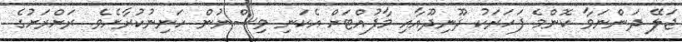
ޖަލޭ ދަންނަވާ ކޮންމެ ފަހަރަކު ދޫނިދޫއާއި މާފުއްޓަށް އެކަނި ވިސްނުން ހަނިނުކުރާށެވެ. ރަށްރަށުގެ